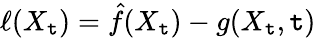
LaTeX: {\ell(X_{\mathtt{t}})=\hat{{f}}(X_{\mathtt{t}})-g(X_{\mathtt{t}},\mathtt{t})}